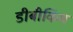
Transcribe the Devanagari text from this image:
डीबीकिंग